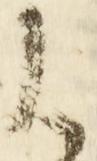
御